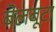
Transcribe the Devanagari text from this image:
बेलबूटा